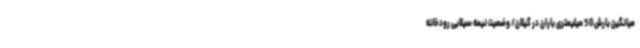
میانگین بارش 50 میلیمتری باران در گیلان/ وضعیت نیمه سیلابی رودخانه